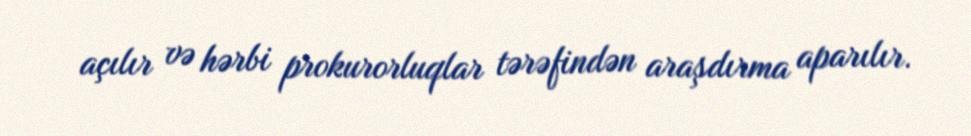
açılır və hərbi prokurorluqlar tərəfindən araşdırma aparılır.